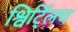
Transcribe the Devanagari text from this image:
श्विर्ट्लिच